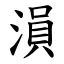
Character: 溳